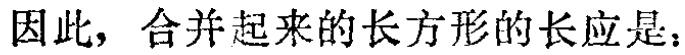
因此，合并起来的长方形的长应是：